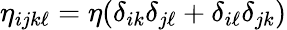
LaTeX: \eta_{ijk\ell}=\eta(\delta_{ik}\delta_{j\ell}+\delta_{i\ell}\delta_{jk})